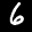
Label: 6